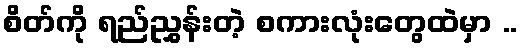
စိတ်ကို ရည်ညွှန်းတဲ့ စကားလုံးတွေထဲမှာ ..